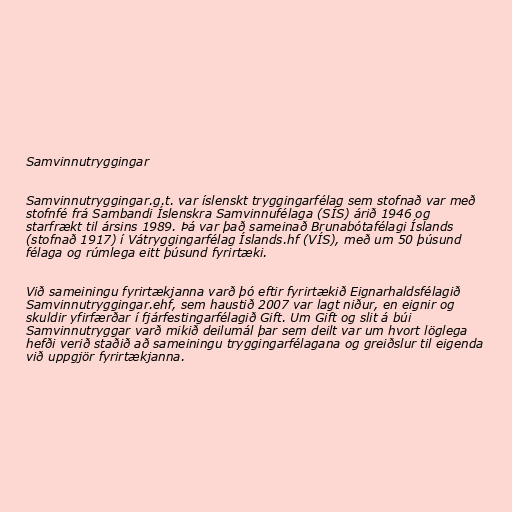
Samvinnutryggingar

Samvinnutryggingar.g.t. var íslenskt tryggingarfélag sem stofnað var með
stofnfé frá Sambandi Íslenskra Samvinnufélaga (SÍS) árið 1946 og
starfrækt til ársins 1989. Þá var það sameinað Brunabótafélagi Íslands
(stofnað 1917) í Vátryggingarfélag Íslands.hf (VÍS), með um 50 þúsund
félaga og rúmlega eitt þúsund fyrirtæki.

Við sameiningu fyrirtækjanna varð þó eftir fyrirtækið Eignarhaldsfélagið
Samvinnutryggingar.ehf, sem haustið 2007 var lagt niður, en eignir og
skuldir yfirfærðar í fjárfestingarfélagið Gift. Um Gift og slit á búi
Samvinnutryggar varð mikið deilumál þar sem deilt var um hvort löglega
hefði verið staðið að sameiningu tryggingarfélagana og greiðslur til eigenda
við uppgjör fyrirtækjanna.